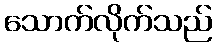
သောက်လိုက်သည်